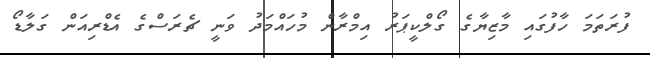
ފުރަތަމަ ހާފުގައި މާޒިޔާގެ ގޯލްކީޕަރު އިމްރާން މުހައްމަދު ވަނީ ޗެރަސްގެ އެޑްރިއަން ގަލާޑޯ